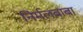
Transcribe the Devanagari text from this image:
निर्मलबाबा